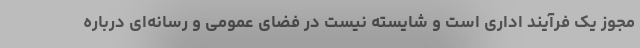
مجوز یک فرآیند اداری است و شایسته نیست در فضای عمومی و رسانه‌ای درباره